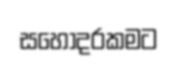
සහෝදරකමට